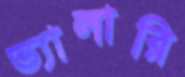
ভ্যালারি